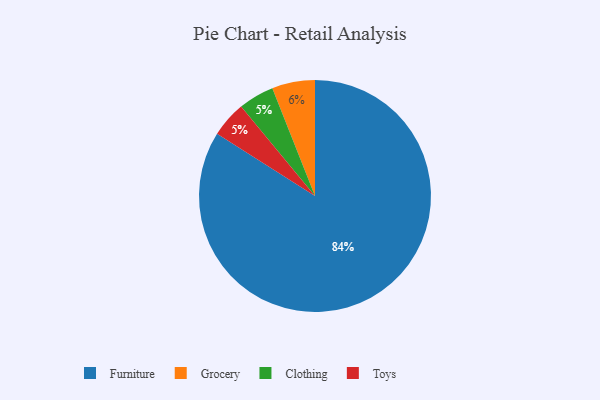
{"axis": {"x": "Category", "y": "Percentage"}, "legend": ["Clothing", "Furniture", "Grocery", "Toys"], "data": [{"x": "Clothing", "y": 5, "type": "Clothing"}, {"x": "Toys", "y": 5, "type": "Toys"}, {"x": "Furniture", "y": 84, "type": "Furniture"}, {"x": "Grocery", "y": 6, "type": "Grocery"}]}